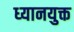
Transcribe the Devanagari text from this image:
ध्‍यानयुक्त